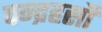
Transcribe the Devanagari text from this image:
पन्द्रहसौ